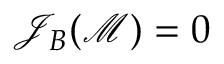
\mathcal { J } _ { B } ( \mathcal { M } ) = 0